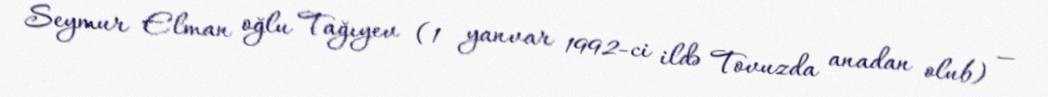
Seymur Elman oğlu Tağıyev (1 yanvar 1992-ci ildə Tovuzda anadan olub) —